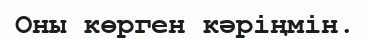
Оны көрген кәріңмін.